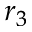
r _ { 3 }